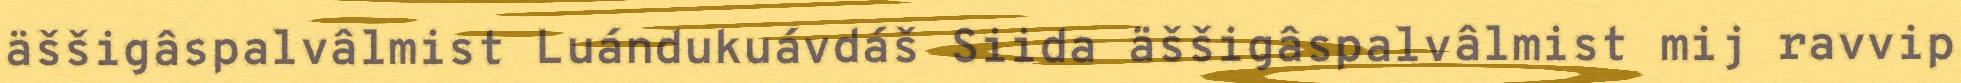
äššigâspalvâlmist Luándukuávdáš Siida äššigâspalvâlmist mij ravvip